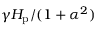
\gamma H _ { \mathrm { p } } / ( 1 + \alpha ^ { 2 } )